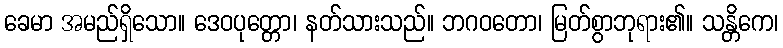
ခေမာ အမည်ရှိသော။ ဒေဝပုတ္တော၊ နတ်သားသည်။ ဘဂဝတော၊ မြတ်စွာဘုရား၏။ သန္တိကေ၊